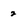
Character: 2